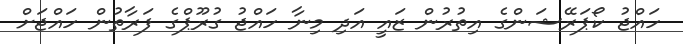
ހައްޖު ކޯޕަރޭޝަންގެ އިތުރުން ޒައީ އަދި މިނާ ހައްޖު ގުރޫޕްގެ ފަރާތުން ހައްޖަށް